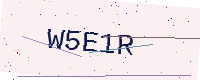
Text: W5E1R